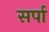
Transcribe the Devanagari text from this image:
सर्पा